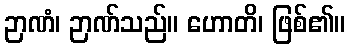
ဉာဏံ၊ ဉာဏ်သည်။ ဟောတိ၊ ဖြစ်၏။